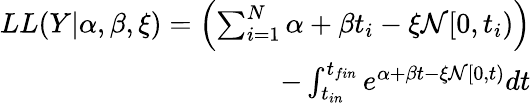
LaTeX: \begin{array}{r}{LL(Y|\alpha,\beta,\xi)=\left(\sum_{i=1}^{N}\alpha+\beta t_{i}-\xi\mathcal{N}[0,t_{i})\right)}\\ {-\int_{t_{in}}^{t_{fin}}e^{\alpha+\beta t-\xi\mathcal{N}[0,t)}dt}\end{array}